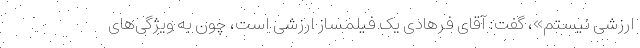
ارزشی نیستم»، گفت:‌ آقای فرهادی یک فیلمساز ارزشی است، چون به ویژگی‌های